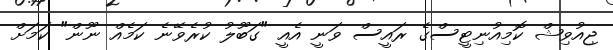
ޖިއުވިޝް ކޮމިއުނިޓީސްގެ ރައީސް ވަނީ އެއީ "ގަބޫލު ކުރެވޭނެ ކަމެއް ނޫން" ކަމަށް